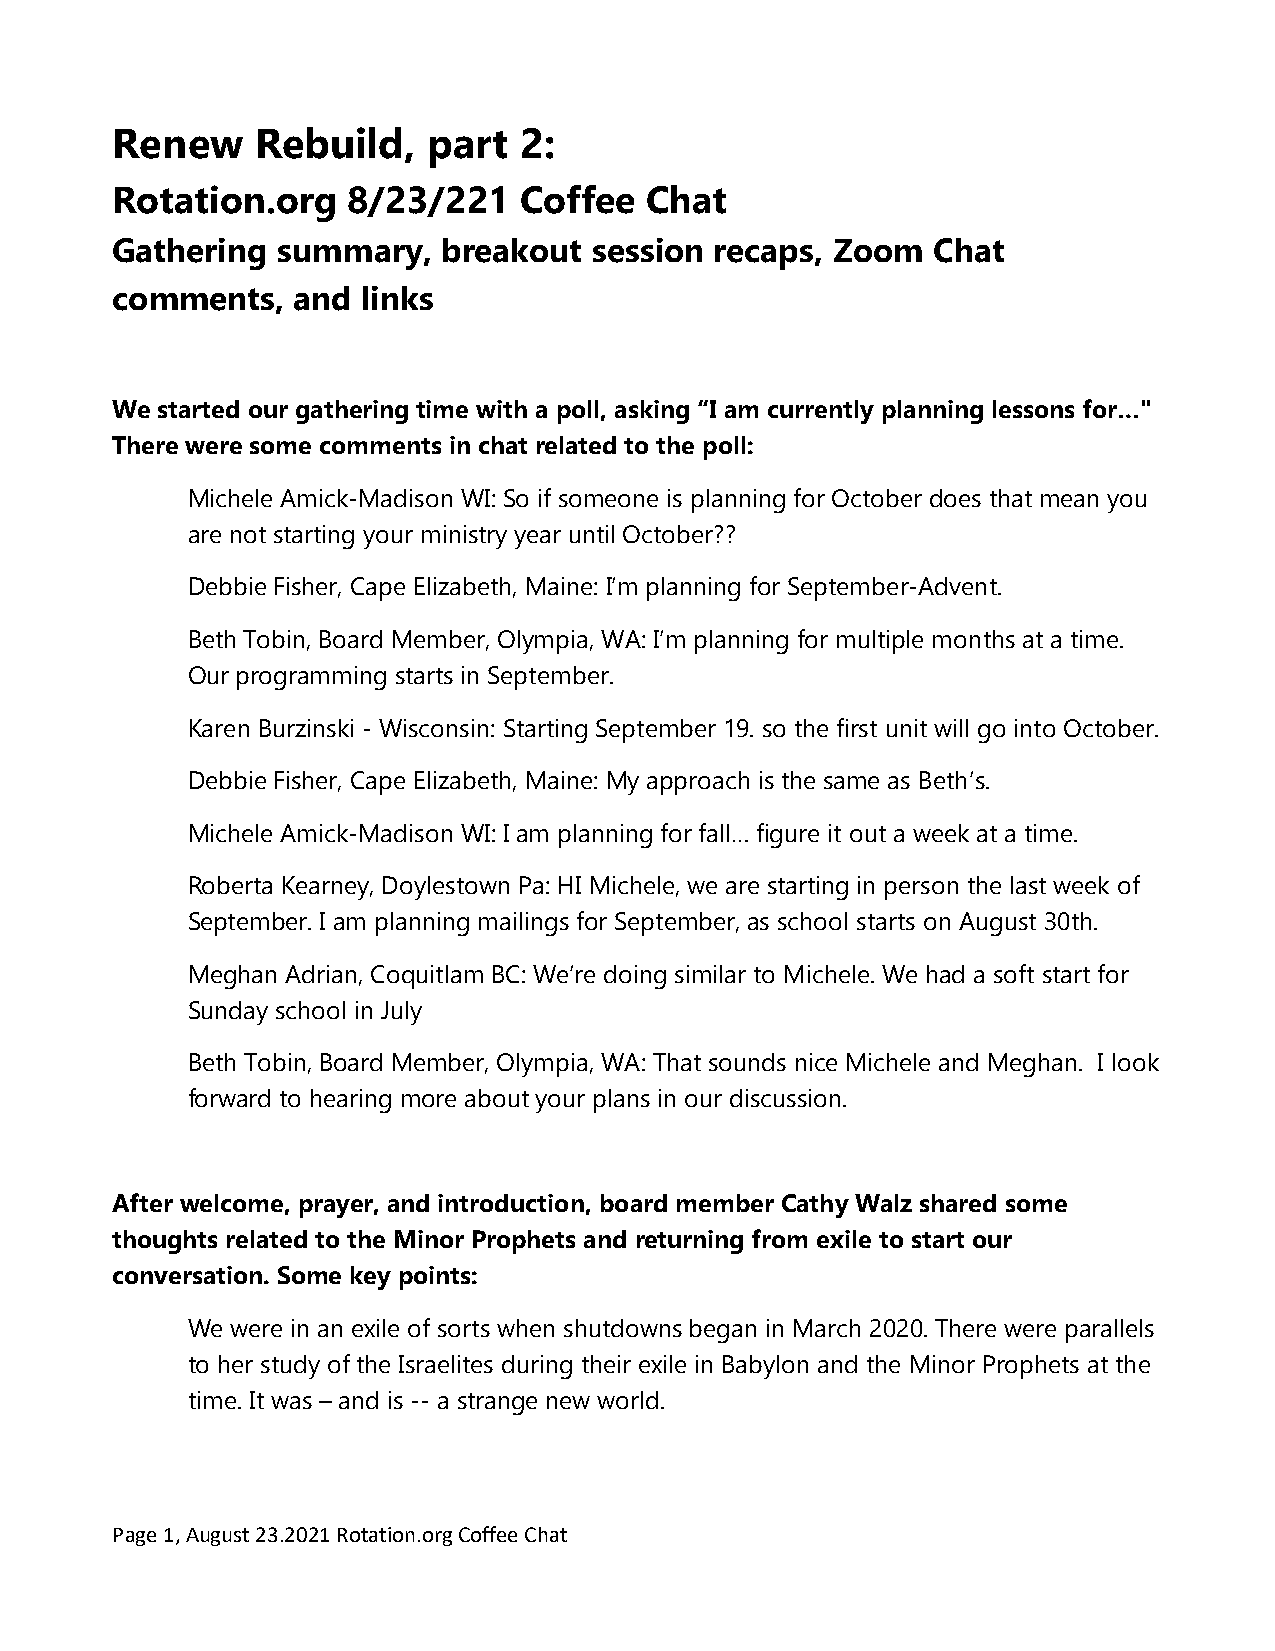
Renew     Rebuild,   part  2:
 Rotation.org    8/23/221   Coffee   Chat
 Gathering  summary,   breakout  session recaps, Zoom   Chat
 comments,   and  links
 We started our gathering time with a poll, asking “I am currently planning lessons for…"
 There were some comments in chat related to the poll:
 Michele Amick-Madison WI: So if someone is planning for October does that mean you
 are not starting your ministry year until October??
 Debbie Fisher, Cape Elizabeth, Maine: I’m planning for September-Advent.
 Beth Tobin, Board Member, Olympia, WA: I’m planning for multiple months at a time.
 Our programming starts in September.
 Karen Burzinski - Wisconsin: Starting September 19. so the first unit will go into October.
 Debbie Fisher, Cape Elizabeth, Maine: My approach is the same as Beth’s.
 Michele Amick-Madison WI: I am planning for fall… figure it out a week at a time.
 Roberta Kearney, Doylestown Pa: HI Michele, we are starting in person the last week of
 September. I am planning mailings for September, as school starts on August 30th.
 Meghan Adrian, Coquitlam BC: We’re doing similar to Michele. We had a soft start for
 Sunday school in July
 Beth Tobin, Board Member, Olympia, WA: That sounds nice Michele and Meghan. I look
 forward to hearing more about your plans in our discussion.
 After welcome, prayer, and introduction, board member Cathy Walz shared some
 thoughts related to the Minor Prophets and returning from exile to start our
 conversation. Some key points:
 We were in an exile of sorts when shutdowns began in March 2020. There were parallels
 to her study of the Israelites during their exile in Babylon and the Minor Prophets at the
 time. It was – and is -- a strange new world.
 Page 1, August 23.2021 Rotation.org Coffee Chat